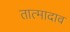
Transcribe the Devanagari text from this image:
तात्मादाव